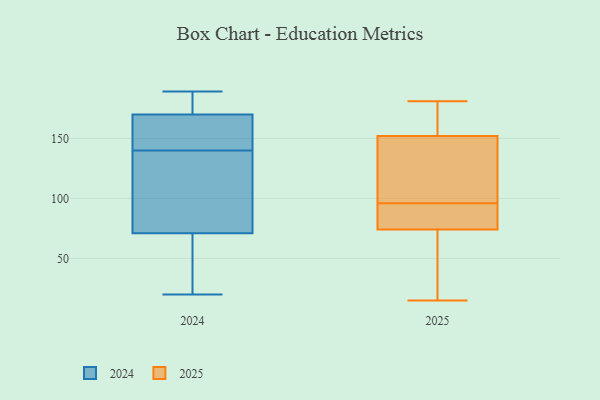
{"axis": {"x": "Temperature (°C)", "y": "Value"}, "legend": ["2024", "2025"], "data": [{"x": "", "y": 96, "type": "2025"}, {"x": "", "y": 152, "type": "2025"}, {"x": "", "y": 181, "type": "2025"}, {"x": "", "y": 15, "type": "2025"}, {"x": "", "y": 154, "type": "2025"}, {"x": "", "y": 94, "type": "2025"}, {"x": "", "y": 15, "type": "2025"}, {"x": "", "y": 108, "type": "2025"}, {"x": "", "y": 74, "type": "2025"}, {"x": "", "y": 96, "type": "2025"}, {"x": "", "y": 170, "type": "2024"}, {"x": "", "y": 97, "type": "2024"}, {"x": "", "y": 71, "type": "2024"}, {"x": "", "y": 172, "type": "2024"}, {"x": "", "y": 33, "type": "2024"}, {"x": "", "y": 20, "type": "2024"}, {"x": "", "y": 107, "type": "2024"}, {"x": "", "y": 159, "type": "2024"}, {"x": "", "y": 27, "type": "2024"}, {"x": "", "y": 51, "type": "2024"}, {"x": "", "y": 135, "type": "2024"}, {"x": "", "y": 145, "type": "2024"}, {"x": "", "y": 71, "type": "2024"}, {"x": "", "y": 153, "type": "2024"}, {"x": "", "y": 189, "type": "2024"}, {"x": "", "y": 168, "type": "2024"}, {"x": "", "y": 189, "type": "2024"}, {"x": "", "y": 175, "type": "2024"}]}